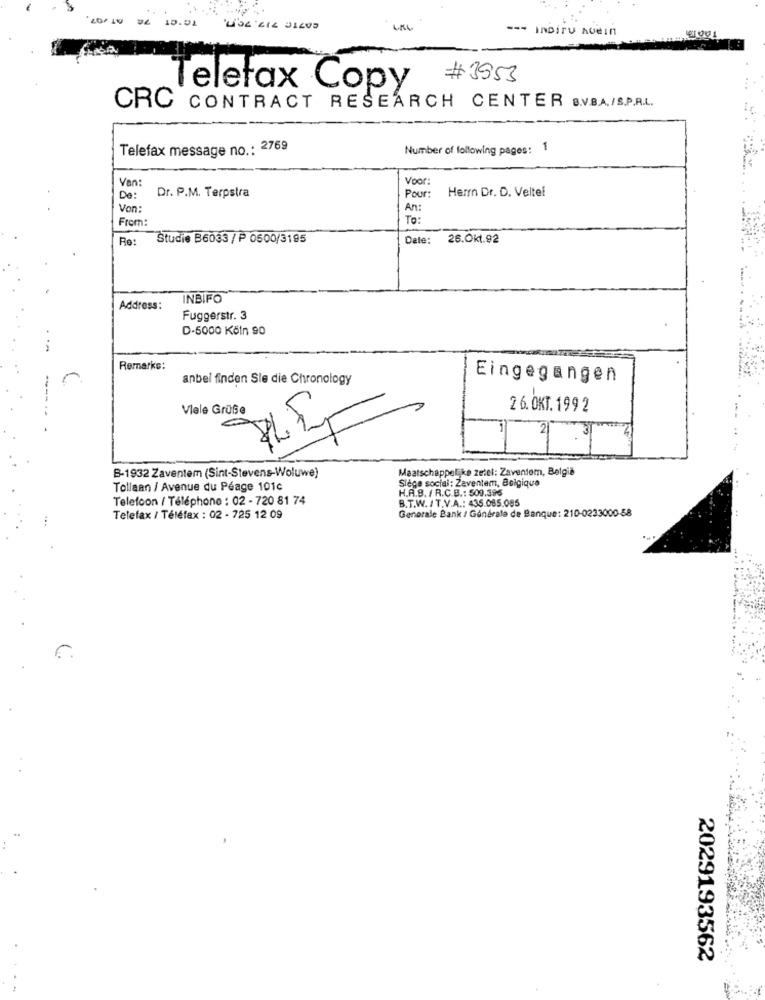
20/ 10
04 10.01
--- INDiTU Avein
#3953
Telefax Copy
CRC CONTRACT RESEARCH CENTER B.V.B.A./S.P.R.L.
Telefax message no .: 2769
Number of following pages: 1
Van
Voor
Herrn Dr. D. Veltel
De :
Dr. P.M. Terpstra
Pour:
Von:
An:
From:
To:
Re:
Studie B6033 / P 0500/3195
Date:
26.Okt.92
INBIFO
Address:
Fuggerstr. 3
D-5000 Köln 90
Remarks:
anbei finden Sie die Chronology
Eingegangen
Viele Grüße
26. OKT. 199 2
21 .3
B-1932 Zaventem (Sint-Stevens-Woluwe)
Maatschappelijke zetel: Zaventem, Belgia
Siège social: Zaventem, Belgique
Tollaan / Avenue du Péage 101c
H.A.B. / R.C.B .: 509.396
Telefoon / Téléphone : 02 - 720 81 74
B.T.W. / T.V.A .: 435.085.085
Generale Bank / Générale de Banque: 210-0233000-58
Telefax / Téléfax : 02 - 725 12 09
2029193562